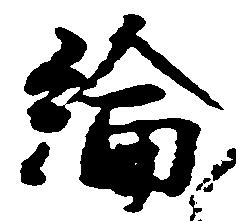
綸